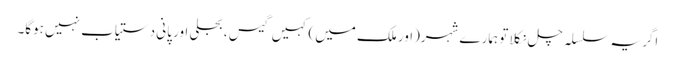
اگر یہ سلسلہ چل نکلا تو ہمارے شہر(اور ملک میں) کہیں گیس ، بجلی اور پانی دستیاب نہیں ہوگا۔